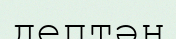
дептән